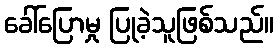
ခေါ်ပြောမှု ပြုခဲ့သူဖြစ်သည်။